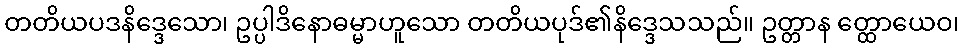
တတိယပဒနိဒ္ဒေသော၊ ဥပ္ပါဒိနောဓမ္မာဟူသော တတိယပုဒ်၏နိဒ္ဒေသသည်။ ဥတ္တာန တ္ထောယေဝ၊